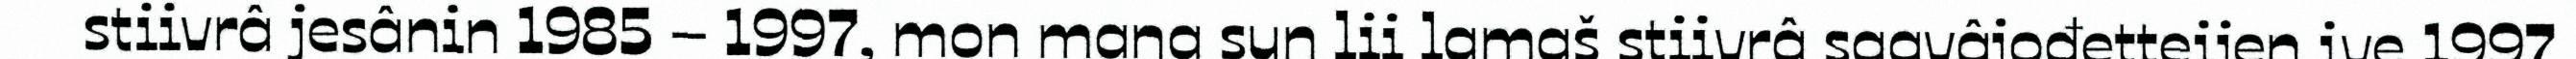
stiivrâ jesânin 1985 – 1997, mon maŋa sun lii lamaš stiivrâ saavâjođetteijen ive 1997